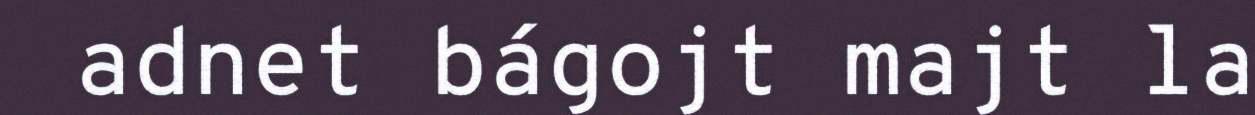
adnet bágojt majt la